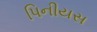
પિનીયસ